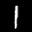
Label: 1